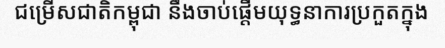
ជម្រើសជាតិកម្ពុជា នឹងចាប់ផ្តើមយុទ្ធនាការប្រកួតក្នុង